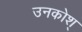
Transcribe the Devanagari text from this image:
उनकोश्